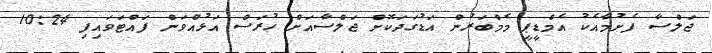
ޖަލްސާ ފެށުމާއެކު އެމްޑީޕީ މެމްބަރުން އަޑުގަދަކޮށް ޖަލްސާއަށް ހުރަސް އަޅުއްވަން ފައްޓަވައިފި 10:24